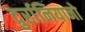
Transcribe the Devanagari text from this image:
दुर्रानियानो